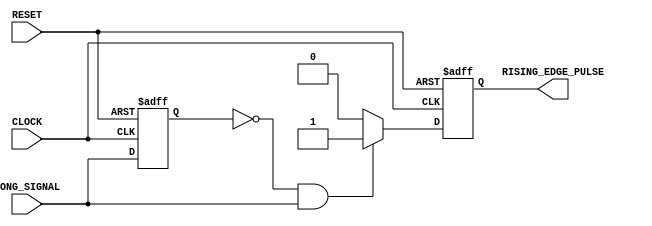
module rising_edge_detect(
input CLOCK,
input RESET,
input LONG_SIGNAL,
output reg RISING_EDGE_PULSE
);

reg flag1;
always@(posedge CLOCK or negedge RESET)
begin
if(!RESET)
	begin
	RISING_EDGE_PULSE <= 0;
	flag1 <= 1;
	end
else
	begin
	flag1 <= LONG_SIGNAL;
	if((!flag1) & LONG_SIGNAL)
		RISING_EDGE_PULSE <= 1;
	else
		RISING_EDGE_PULSE <= 0;
	end
end

endmodule